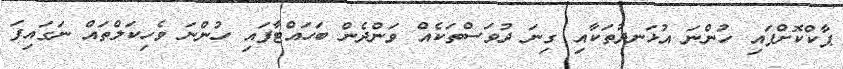
ޕާކްކޮށްފައި ހުންނަ އުޅަނދުތަކާއި ގިނަ ދުވަސްތަކެއް ވަންދެން ބަހައްޓާފައި ހުންނަ ވެހިކަލްތައް ނަގައިފަ